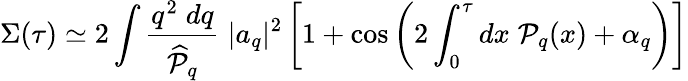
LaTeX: \Sigma(\tau)\simeq 2\int{\frac{q^{2}\; dq}{\widehat{\cal P}_{q}}}\; |a_{q}|^{2}\left[1+\cos\left(2\int_{0}^{\tau}dx\; {\cal P}_{q}(x)+\alpha_{q}\right)\right]